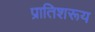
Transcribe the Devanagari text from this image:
प्रातिशरूय